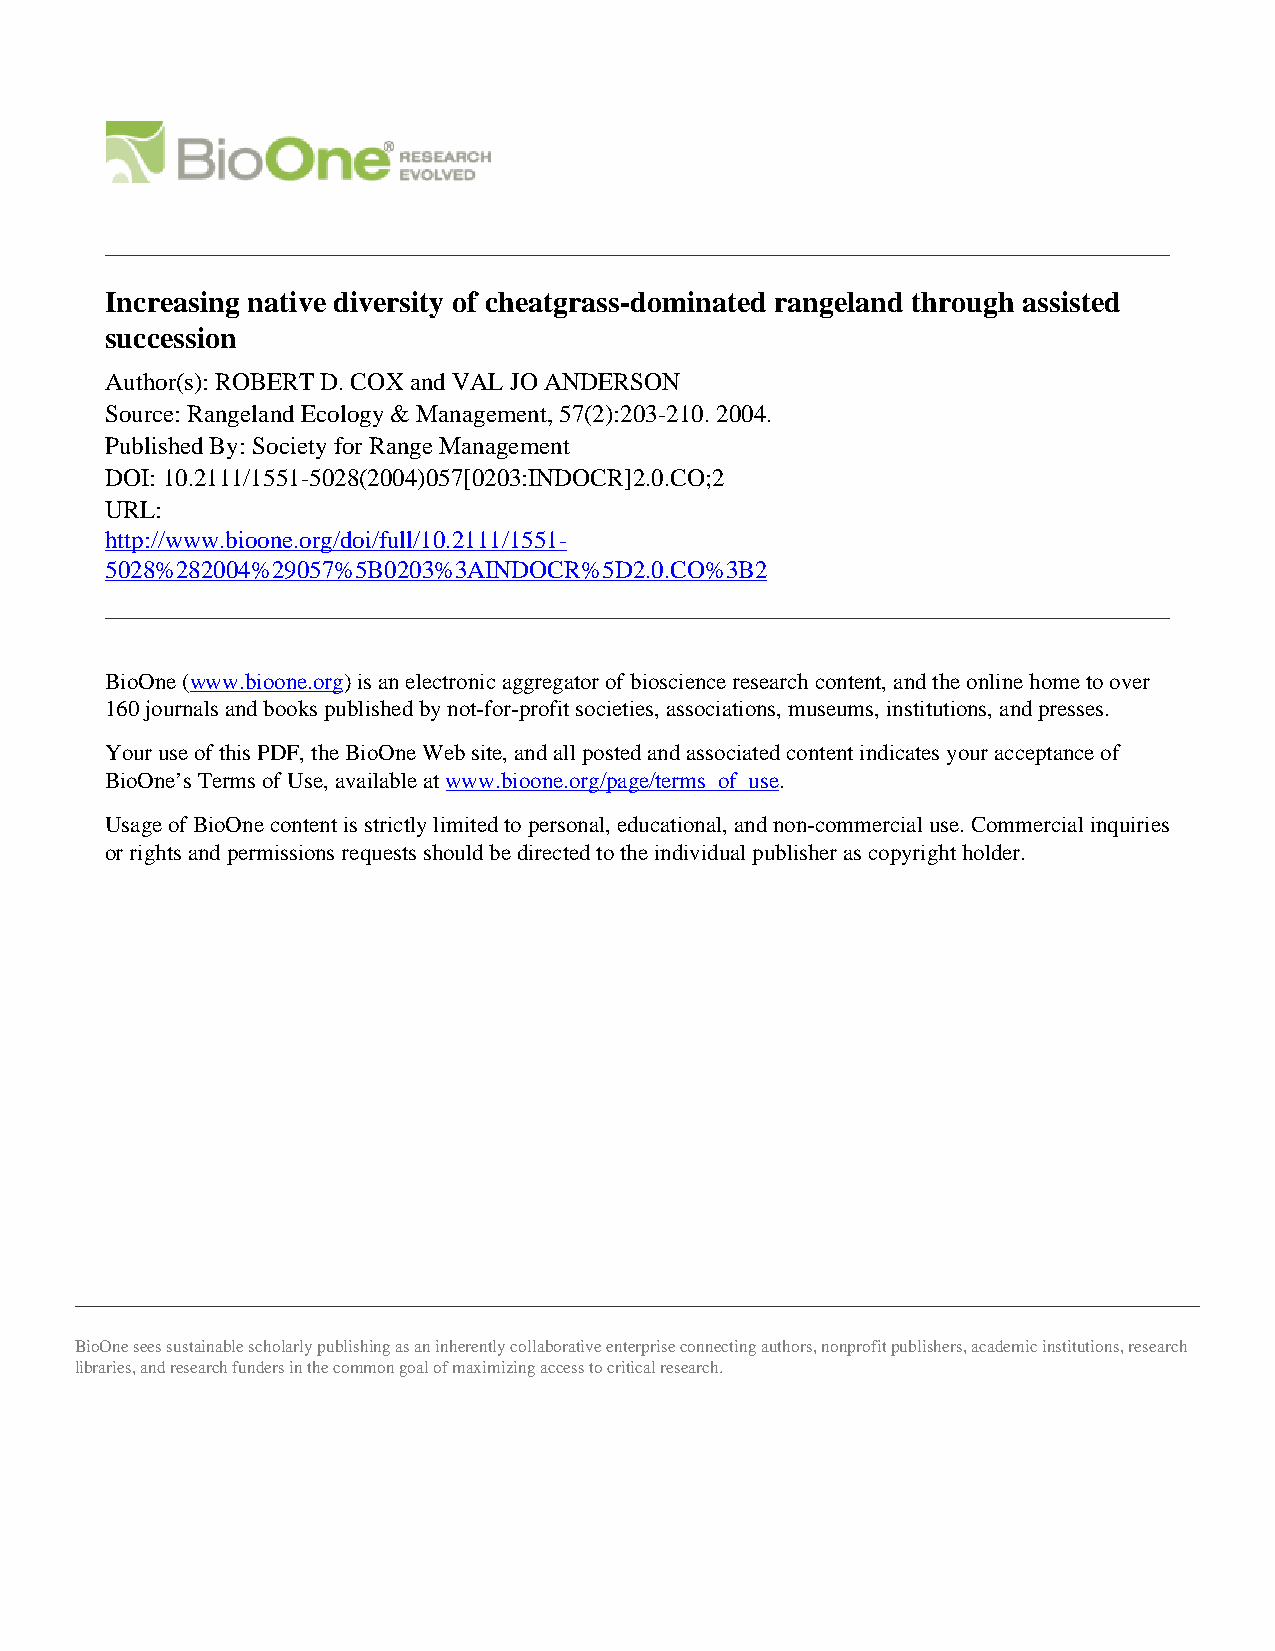
Increasing native diversity of cheatgrass-dominated rangeland through assisted
 succession
 Author(s): ROBERT D. COX and VAL JO ANDERSON
 Source: Rangeland Ecology & Management, 57(2):203-210. 2004.
 Published By: Society for Range Management
 DOI: 10.2111/1551-5028(2004)057[0203:INDOCR]2.0.CO;2
 URL:
 http://www.bioone.org/doi/full/10.2111/1551-
 5028%282004%29057%5B0203%3AINDOCR%5D2.0.CO%3B2
 BioOne (www.bioone.org) is an electronic aggregator of bioscience research content, and the online home to over
 160 journals and books published by not-for-profit societies, associations, museums, institutions, and presses.
 Your use of this PDF, the BioOne Web site, and all posted and associated content indicates your acceptance of
 BioOne’s Terms of Use, available at www.bioone.org/page/terms_of_use.
 Usage of BioOne content is strictly limited to personal, educational, and non-commercial use. Commercial inquiries
 or rights and permissions requests should be directed to the individual publisher as copyright holder.
 BioOne sees sustainable scholarly publishing as an inherently collaborative enterprise connecting authors, nonprofit publishers, academic institutions, research
 libraries, and research funders in the common goal of maximizing access to critical research.